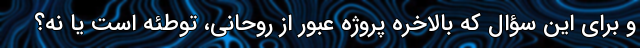
و برای این سؤال که بالاخره پروژه عبور از روحانی، توطئه است یا نه؟